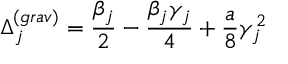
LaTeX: \Delta _ { j } ^ { ( g r a v ) } = \frac { \beta _ { j } } { 2 } - \frac { \beta _ { j } \gamma _ { j } } { 4 } + \frac { a } { 8 } \gamma _ { j } ^ { 2 }